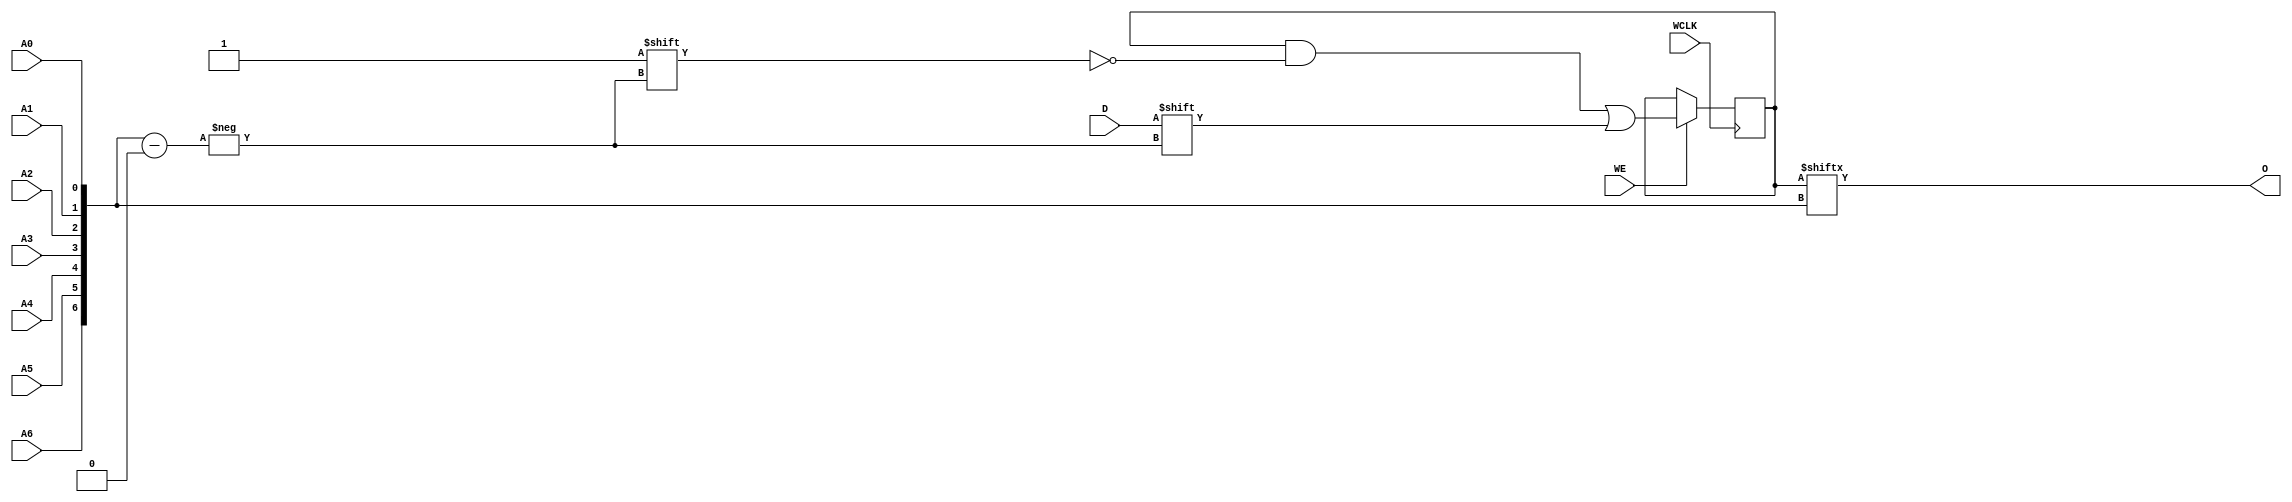
module RAM128X1S (O, A0, A1, A2, A3, A4, A5, A6, D, WCLK, WE);

    parameter INIT = 128'h00000000000000000000000000000000;

    output O;

    input  A0, A1, A2, A3, A4, A5, A6, D, WCLK, WE;

    reg  [127:0] mem;
    wire [6:0] adr;

    assign adr = {A6, A5, A4, A3, A2, A1, A0};
    assign O = mem[adr];

    initial 
        mem = INIT;

    always @(posedge WCLK) 
        if (WE == 1'b1)
            mem[adr] <= #100 D;

endmodule